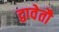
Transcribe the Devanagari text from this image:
द्वावेतौ